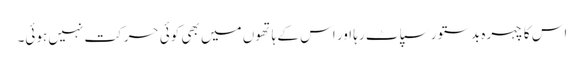
اس کا چہرہ بدستور سپاٹ رہا اور اس کے ہاتھوں میں بھی کوئی حرکت نہیں ہوئی۔